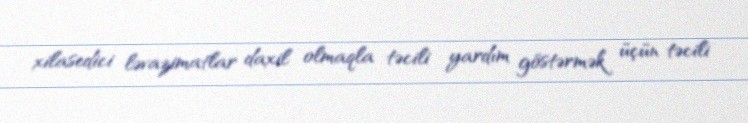
xilasedici ləvazimatlar daxil olmaqla təcili yardım göstərmək üçün təcili